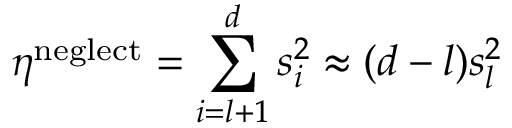
\eta ^ { \mathrm { n e g l e c t } } = \sum _ { i = l + 1 } ^ { d } s _ { i } ^ { 2 } \approx ( d - l ) s _ { l } ^ { 2 }